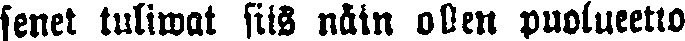
senet tuliwat siis näin ollen puolueetto